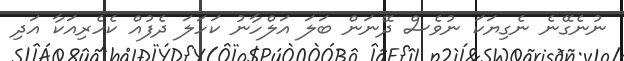
ނުނެގޭނެ ނެގިޔަކަ ނުވެސް ދޭނަން ބަލަ އަލްހާނު ކަހަލަ ދެފުއް ކެހެރިއަކާ އަދި